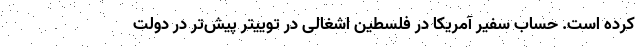
کرده است. حساب سفیر آمریکا در فلسطین اشغالی در توییتر پیش‌تر در دولت